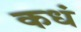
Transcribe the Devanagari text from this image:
कधं